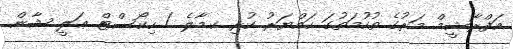
އަފްރާޝީމް މަރުގެ ތުހުމަތުގަ ހައްޔަރު ކުރި ކ.މާލެ / ހިކޯސްޓް ޢަލީ ޝާން